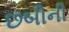
છબીની